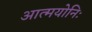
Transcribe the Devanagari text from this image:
आत्मयोनिः